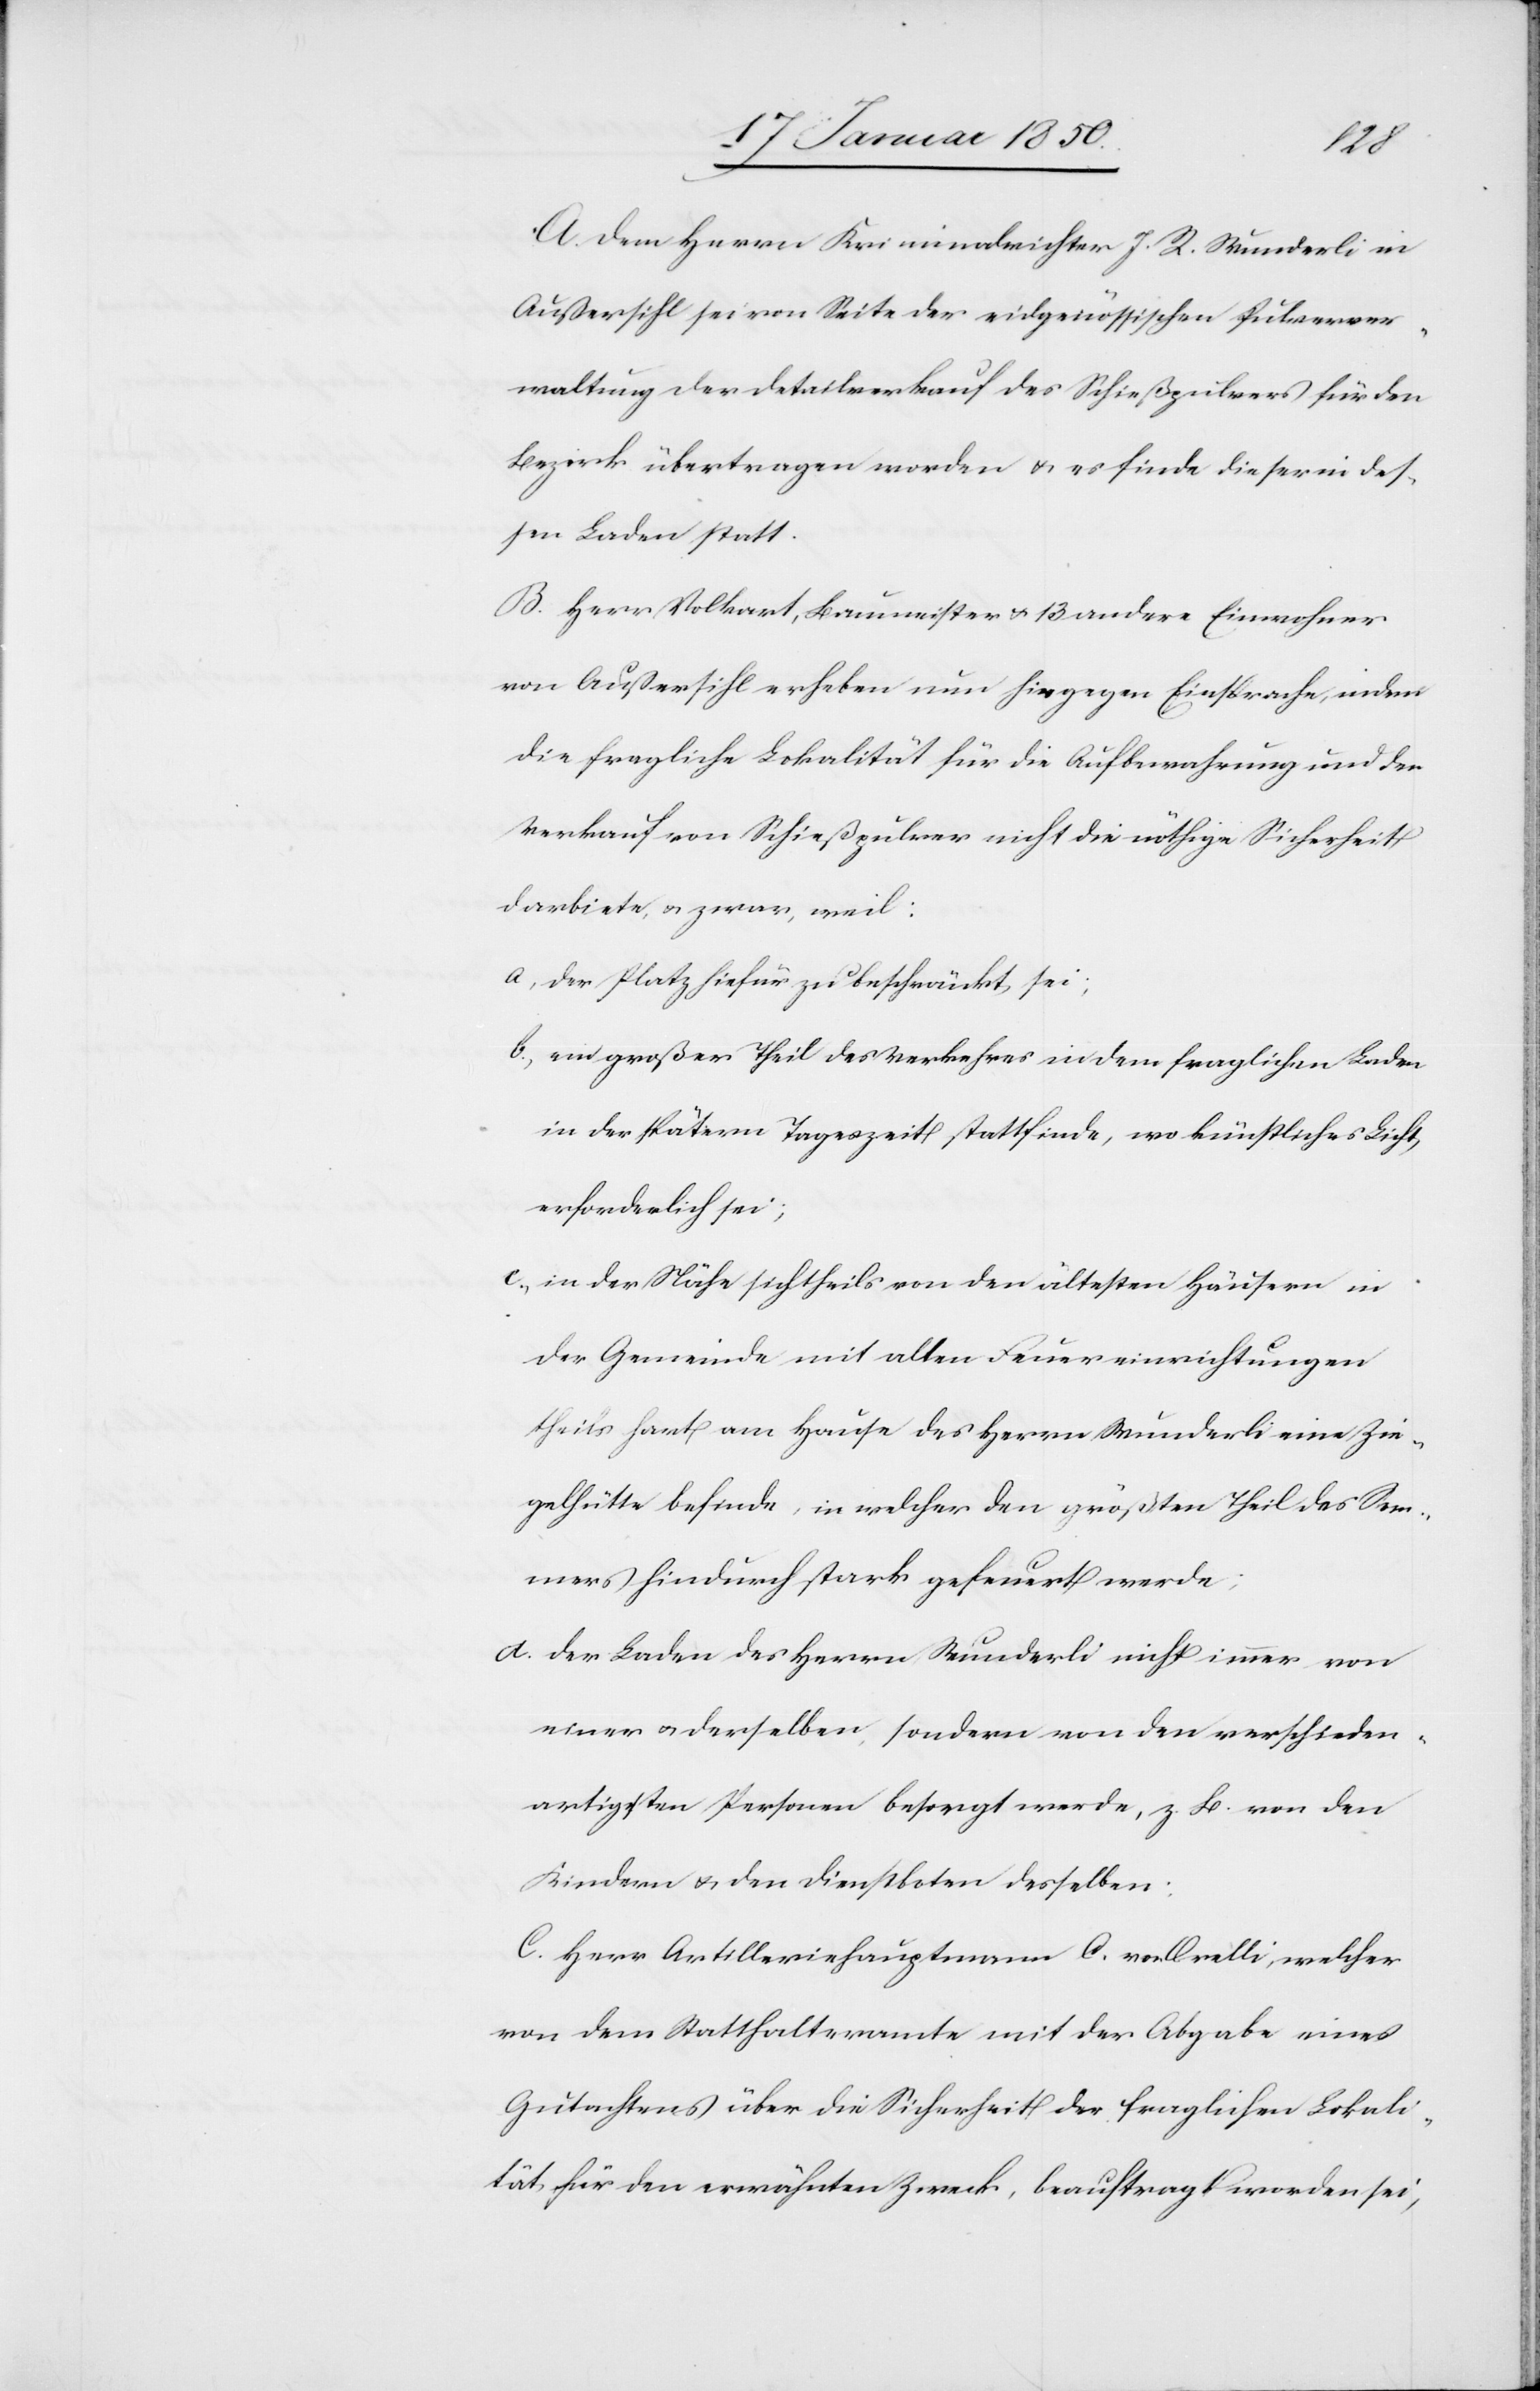
A. Dem Herrn Kriminalrichter J. R. Wunderli in
Außersihl sei von Seite der eidgenössischen Pulverver¬
waltung der Detailverkauf des Schießpulvers für den
Bezirk übertragen worden u. es finde dieser in des¬
sen Laden statt.
B. Herr Volkart, Baumeister u. 13 andere Einwohner
von Außersihl erheben nun hiegegen Einsprache, indem
die fragliche Lokalität für die Aufbewahrung und den
Verkauf von Schießpulver nicht die nöthige Sicherheit
darbiete, u. zwar, weil:
a, der Platz hiefür zu beschränkt sei;
b, ein großer Theil des Verkehres in dem fraglichen Laden
in der spätern Tageszeit stattfinde, wo künstliches Licht
erforderlich sei;
c, in der Nähe sich theils von den ältesten Häusern in
der Gemeinde mit alten Feuereinrichtungen
theils hart am Hause des Herrn Wunderli eine Zie¬
gelhütte befinde, in welcher den größten Theil des Som¬
mers hindurch stark gefeuert werde;
d. der Laden des Herrn Wunderli nicht immer von
einer u. derselben, sondern von den verschieden¬
artigsten Personen besorgt werde, z. B. von den
Kindern u. den Dienstboten desselben.
C. Herr Artilleriehauptmann C. von Orelli, welcher
von dem Statthalteramte mit der Abgabe eines
Gutachtens über die Sicherheit der fraglichen Lokali¬
tät für den erwähnten Zweck, beauftragt worden sei,